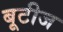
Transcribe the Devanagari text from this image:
बूटीज